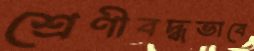
শ্রেণীবদ্ধভাবে